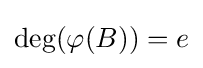
\deg(\varphi (B))=e